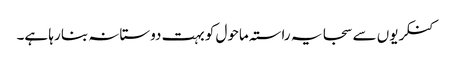
کنکریوں سے سجا یہ راستہ ماحول کو بہت دوستانہ بنا رہا ہے۔